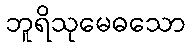
ဘူရိသုမေဓသော